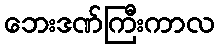
ဘေးဒဏ်ကြီးကာလ